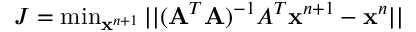
\begin{array} { r } { J = \operatorname* { m i n } _ { \mathbf { x } ^ { n + 1 } } | | ( \mathbf { A } ^ { T } \mathbf { A } ) ^ { - 1 } A ^ { T } \mathbf { x } ^ { n + 1 } - \mathbf { x } ^ { n } | | } \end{array}